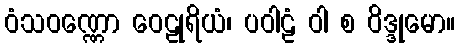
ဝံသဝဏ္ဏော ဝေဠုရိယံ၊ ပဝါဠံ ဝါ စ ဝိဒ္ဒုမော။